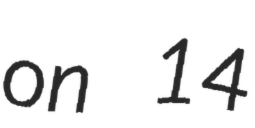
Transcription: on 14